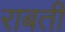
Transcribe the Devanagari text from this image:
राबती